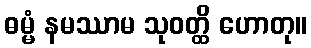
ဓမ္မံ နမဿာမ သုဝတ္ထိ ဟောတု။